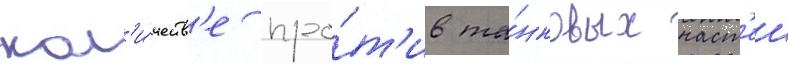
кол'и́честв'е про́т'ив та́нковых част'еи